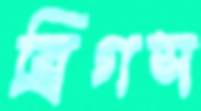
ব্রিগস